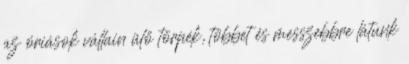
az óriások vállain ülő törpék, többet és messzebbre látunk